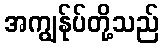
အကျွန်ုပ်တို့သည်